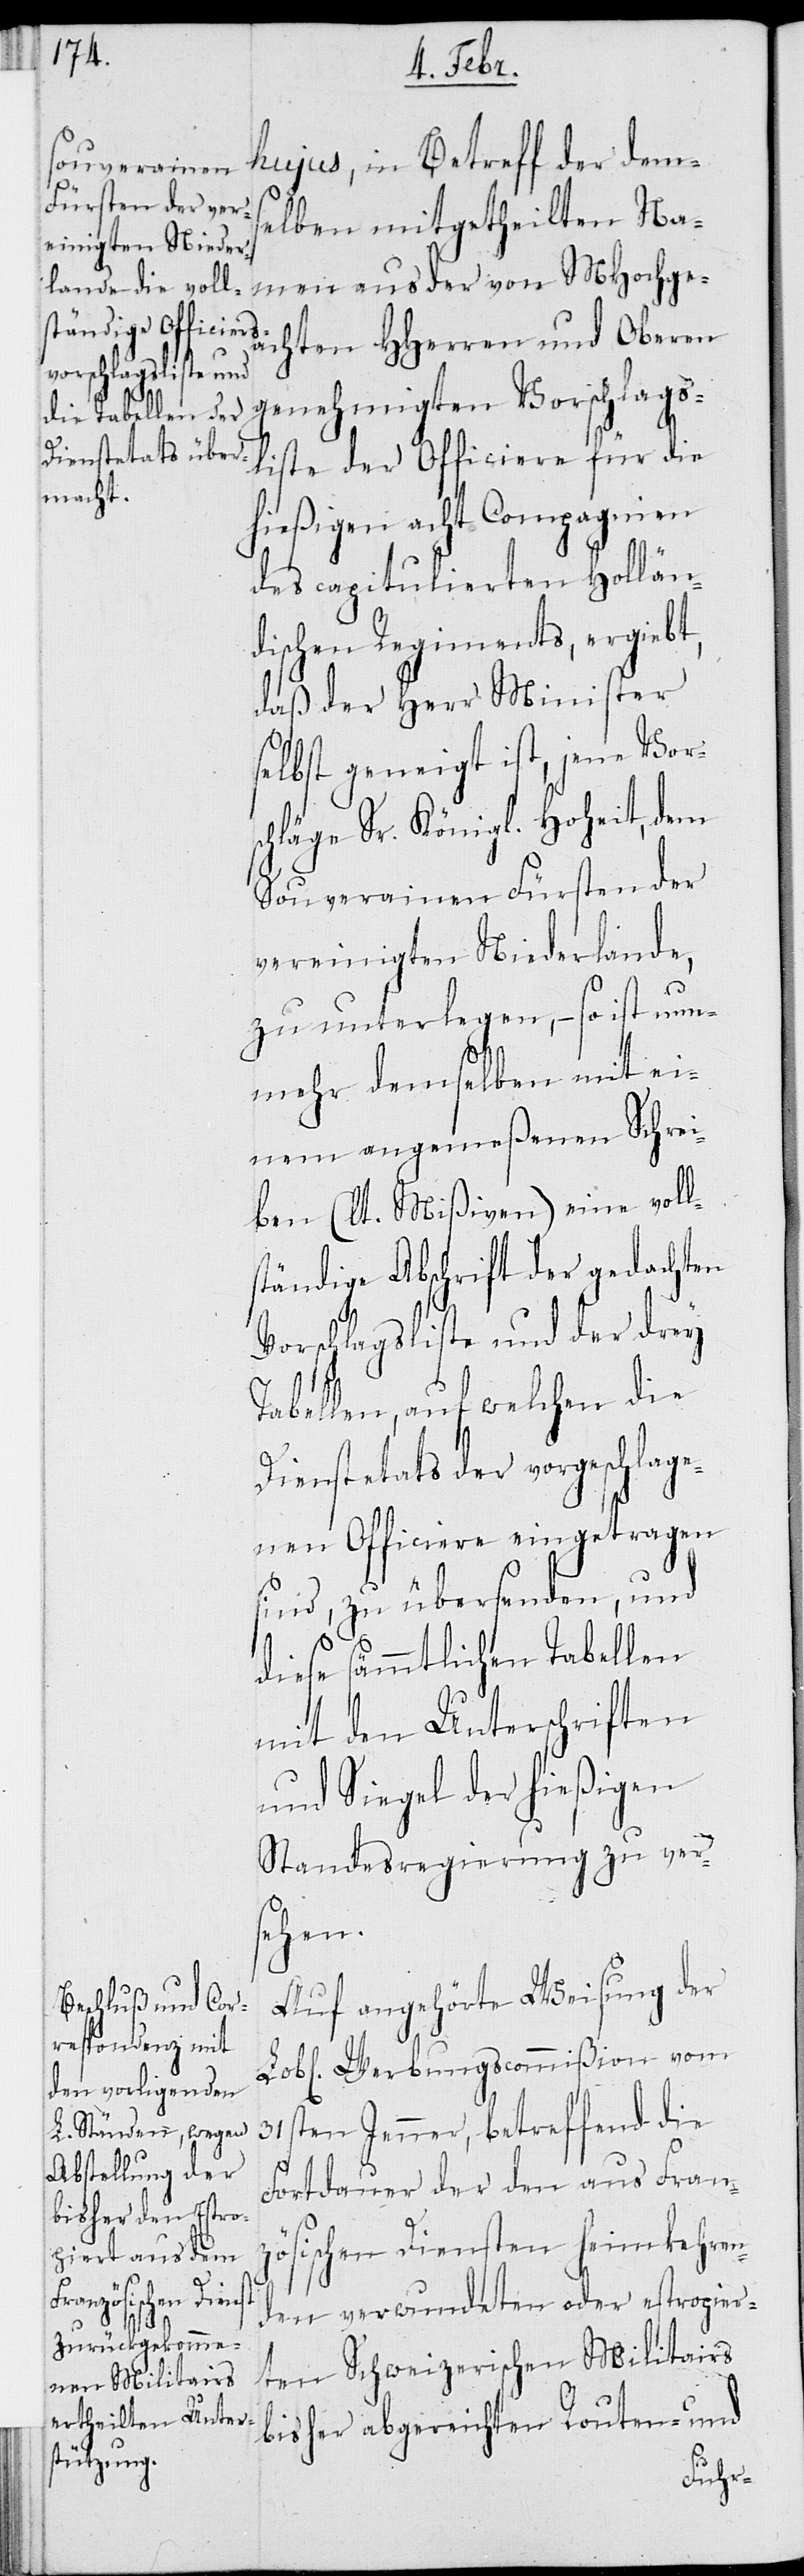
hujus, in Betreff der dems¬
elben mitgetheilten Na¬
men aus der von MHochge¬
achten HHerren und Oberen
genehmigten Vorschlags¬
liste die Officiere für die
hießigen acht Compagnien
des capitulierten Hollän¬
dischen Regiments, ergiebt,
daß der Herr Minister
selbst geneigt ist, jene Vors¬
chläge Sr. Königl. Hoheit, dem
Souverainen Fürsten der
vereinigten Niederlande,
zu unterlegen, – so ist nun¬
mehr demselben mit ei¬
nem angemeßenen Schrei¬
ben (lt. Mißiven) eine voll¬
ständige Abschrift der gedachten
Vorschlagsliste und der drey
Tabellen, auf welchen die
Dienstetats der vorgeschlage¬
nen Officiere eingetragen
sind, zu übersenden, und
diese sämmtlichen Tabellen
mit den Unterschriften
und Siegel der hießigen
Standesregierung zu ver¬
sehen.
Auf angehörte Weisung der
Lobl. Werbungscommißion vom
31sten Jenner, betreffend die
Fortdauer der den aus Fran¬
zösischen Diensten heimkehren¬
den verwundeten oder estropier¬
ten Schweizerischen Militairs
bisher abgereichten Routen- und